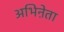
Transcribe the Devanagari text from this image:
अभिऩेता